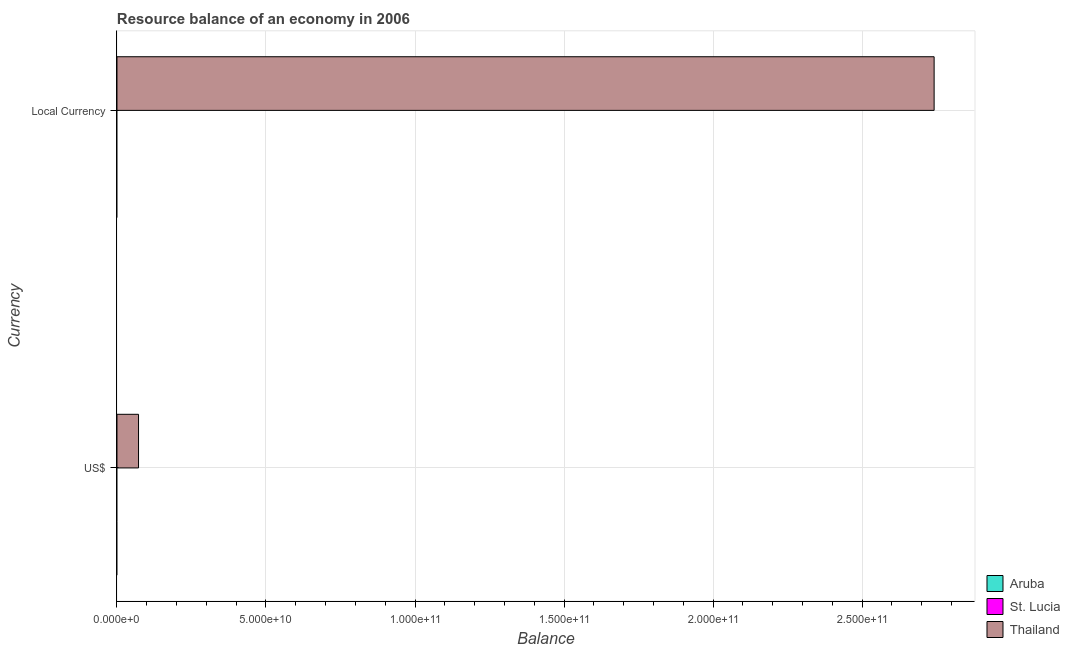
| Currency | Aruba | St. Lucia | Thailand |
 | --- | --- | --- | --- |
 | US$ | -3.02e+08 | -2.66e+08 | 7.24e+09 |
 | Local Currency | -5.41e+08 | -7.19e+08 | 2.74e+11 |